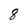
Character: 8